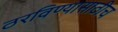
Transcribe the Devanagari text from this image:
ठरविण्यासाठीच